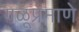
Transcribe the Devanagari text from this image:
गळूप्रमाणे